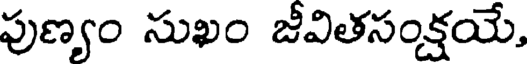
పుణ్యం సుఖం జీవితసంక్షయే,